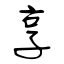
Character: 享